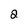
Character: 2